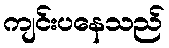
ကျင်းပနေသည်